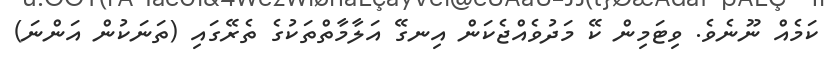
ކަމެއް ނޫނެވެ. ވިޓަމިން ކޭ މަދުވެއްޖެކަން އިނގޭ އަލާމާތްތަކުގެ ތެރޭގައި (ތަނަކުން އަންނަ)